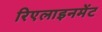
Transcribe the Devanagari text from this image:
रिएलाइनमेंट